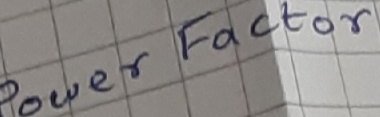
Text: Power  Factor